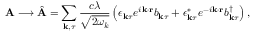
\mathbf { A } \longrightarrow \hat { \mathbf { A } } = \sum _ { \mathbf { k } , \tau } \frac { c \lambda } { \sqrt { 2 \omega _ { k } } } \left( \boldsymbol { \epsilon } _ { \mathbf { k } \tau } e ^ { i \mathbf { k } \cdot \mathbf { r } } b _ { \mathbf { k } \tau } + \boldsymbol { \epsilon } _ { \mathbf { k } \tau } ^ { * } e ^ { - i \mathbf { k } \cdot \mathbf { r } } b _ { \mathbf { k } \tau } ^ { \dagger } \right) ,